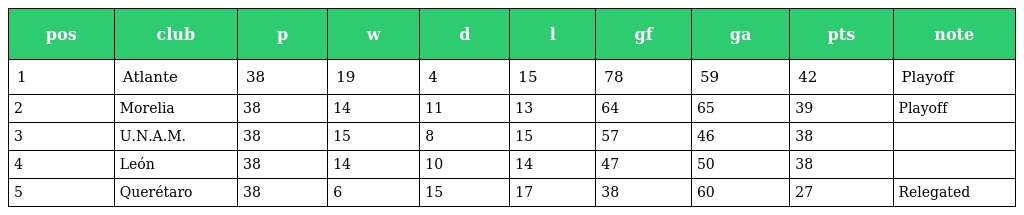
| pos | club | p | w | d | l | gf | ga | pts | note |
 | --- | --- | --- | --- | --- | --- | --- | --- | --- | --- |
 | 1 | Atlante | 38 | 19 | 4 | 15 | 78 | 59 | 42 | Playoff |
 | 2 | Morelia | 38 | 14 | 11 | 13 | 64 | 65 | 39 | Playoff |
 | 3 | U.N.A.M. | 38 | 15 | 8 | 15 | 57 | 46 | 38 |  |
 | 4 | León | 38 | 14 | 10 | 14 | 47 | 50 | 38 |  |
 | 5 | Querétaro | 38 | 6 | 15 | 17 | 38 | 60 | 27 | Relegated |